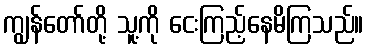
ကျွန်တော်တို့ သူ့ကို ငေးကြည့်နေမိကြသည်။